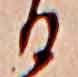
る